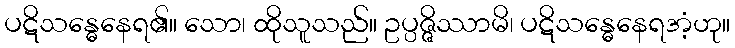
ပဋိသန္ဓေနေရ၏။ သော၊ ထိုသူသည်။ ဥပ္ပဇ္ဇိဿာမိ၊ ပဋိသန္ဓေနေရအံ့ဟု။